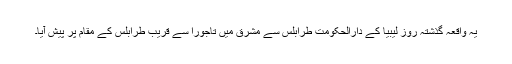
یہ واقعہ گذشتہ روز لیبیا کے دارالحکومت طرابلس سے مشرق میں تاجورا سے قریب طرابلس کے مقام پر پیش آیا۔